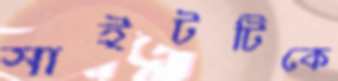
সাইটটিকে